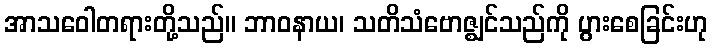
အာသဝေါတရားတို့သည်။ ဘာဝနာယ၊ သတိသံဗောဇ္ဈင်သည်ကို ပွားစေခြင်းဟု